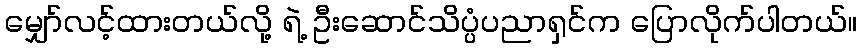
မျှော်လင့်ထားတယ်လို့ ရဲ့ ဦးဆောင်သိပ္ပံပညာရှင်က ပြောလိုက်ပါတယ်။